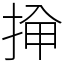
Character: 𫼸